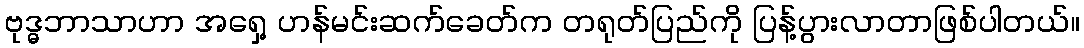
ဗုဒ္ဓဘာသာဟာ အရှေ့ ဟန်မင်းဆက်ခေတ်က တရုတ်ပြည်ကို ပြန့်ပွားလာတာဖြစ်ပါတယ်။